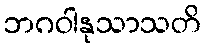
ဘဂဝါနုသာသတိ